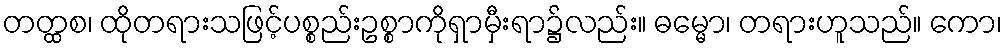
တတ္ထစ၊ ထိုတရားသဖြင့်ပစ္စည်းဥစ္စာကိုရှာမှီးရာ၌လည်း။ ဓမ္မော၊ တရားဟူသည်။ ကော၊